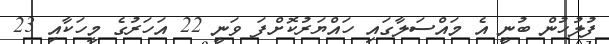
ފުލުހުން ބުނީ އެ މައްސަލާގައި ހައްޔަރުކޮށްފަ ވަނީ 22 އަހަރުގެ މީހަކާއި 23